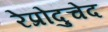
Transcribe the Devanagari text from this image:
रेप्रोदुचेद